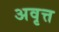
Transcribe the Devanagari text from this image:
अवृत्त